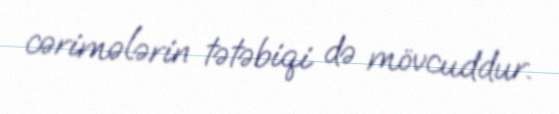
cərimələrin tətəbiqi də mövcuddur.